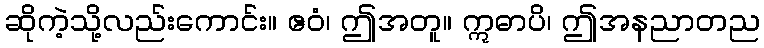
ဆိုကဲ့သို့လည်းကောင်း။ ဧဝံ၊ ဤအတူ။ ဣဓာပိ၊ ဤအနညာတည